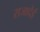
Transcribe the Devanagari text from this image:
राजादेई